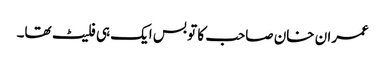
عمران خان صاحب کا تو بس ایک ہی فلیٹ تھا۔